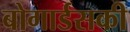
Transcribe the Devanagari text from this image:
बोगार्डसकी